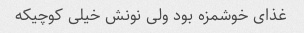
غذای خوشمزه بود ولی نونش خیلی کوچیکه